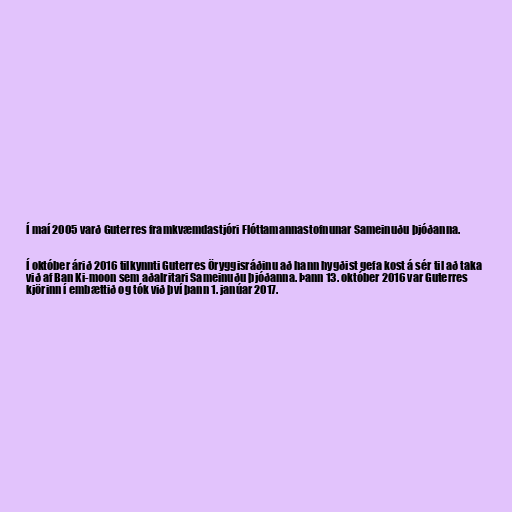
Í maí 2005 varð Guterres framkvæmdastjóri Flóttamannastofnunar Sameinuðu þjóðanna.

Í október árið 2016 tilkynnti Guterres Öryggisráðinu að hann hygðist gefa kost á sér til að taka
við af Ban Ki-moon sem aðalritari Sameinuðu þjóðanna. Þann 13. október 2016 var Guterres
kjörinn í embættið og tók við því þann 1. janúar 2017.